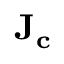
{ \bf { { J } } } _ { \bf { { c } } }